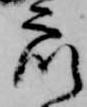
衆